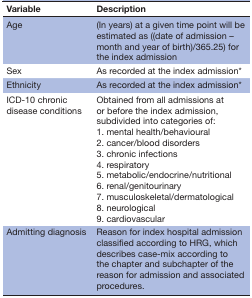
| Variable | Description |
 | --- | --- |
 | Age | (In years) at a given time point will be estimated as ((date of admission – month and year of birth)/365.25) for the index admission |
 | Sex | As recorded at the index admission* |
 | Ethnicity | As recorded at the index admission* |
 | ICD-10 chronic disease conditions | Obtained from all admissions at or before the index admission, subdivided into categories of: 1. mental health/behavioural 2. cancer/blood disorders 3. chronic infections 4. respiratory 5. metabolic/endocrine/nutritional 6. renal/genitourinary 7. musculoskeletal/dermatological 8. neurological 9. cardiovascular |
 | Admitting diagnosis | Reason for index hospital admission classified according to HRG, which describes case-mix according to the chapter and subchapter of the reason for admission and associated procedures. |